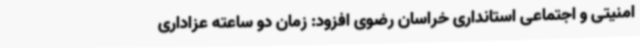
امنیتی و اجتماعی استانداری خراسان رضوی افزود: زمان دو ساعته عزاداری